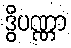
ဒွိပဏ္ဏာ